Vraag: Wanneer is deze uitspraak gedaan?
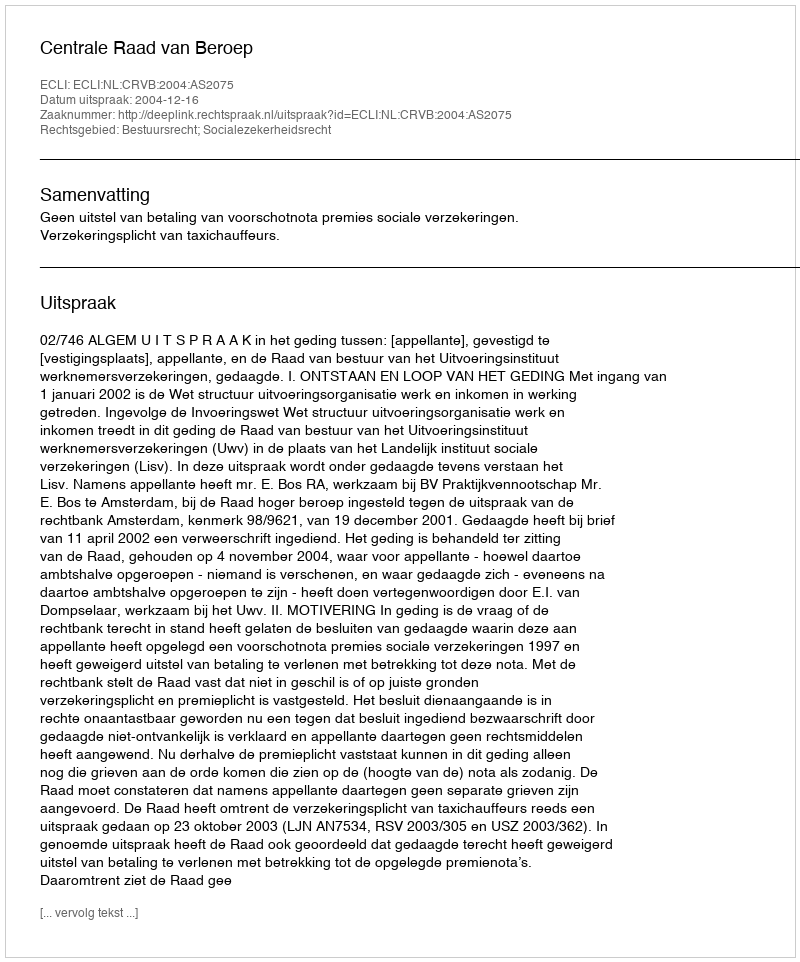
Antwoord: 2004-12-16